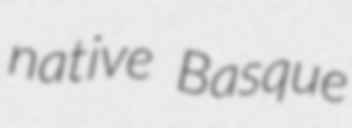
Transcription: native Basque